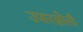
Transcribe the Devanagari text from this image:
उपारसोली